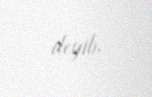
deyib.